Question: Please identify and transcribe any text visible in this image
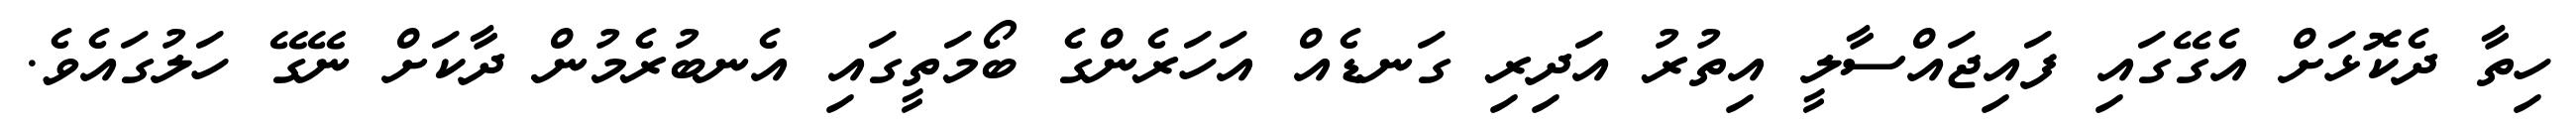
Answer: ހިތާ ދެކޮޅަށް އެގޭގައި ފައިޖައްސާލީ އިތުރު އަދިރި ގަނޑެއް އަހަރެންގެ ބޯމަތީގައި އެނބުރެމުން ދާކަށް ނޭގޭ ހަލުގައެވެ.